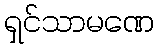
ရှင်သာမဏေ